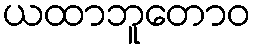
ယထာဘူတောဝ